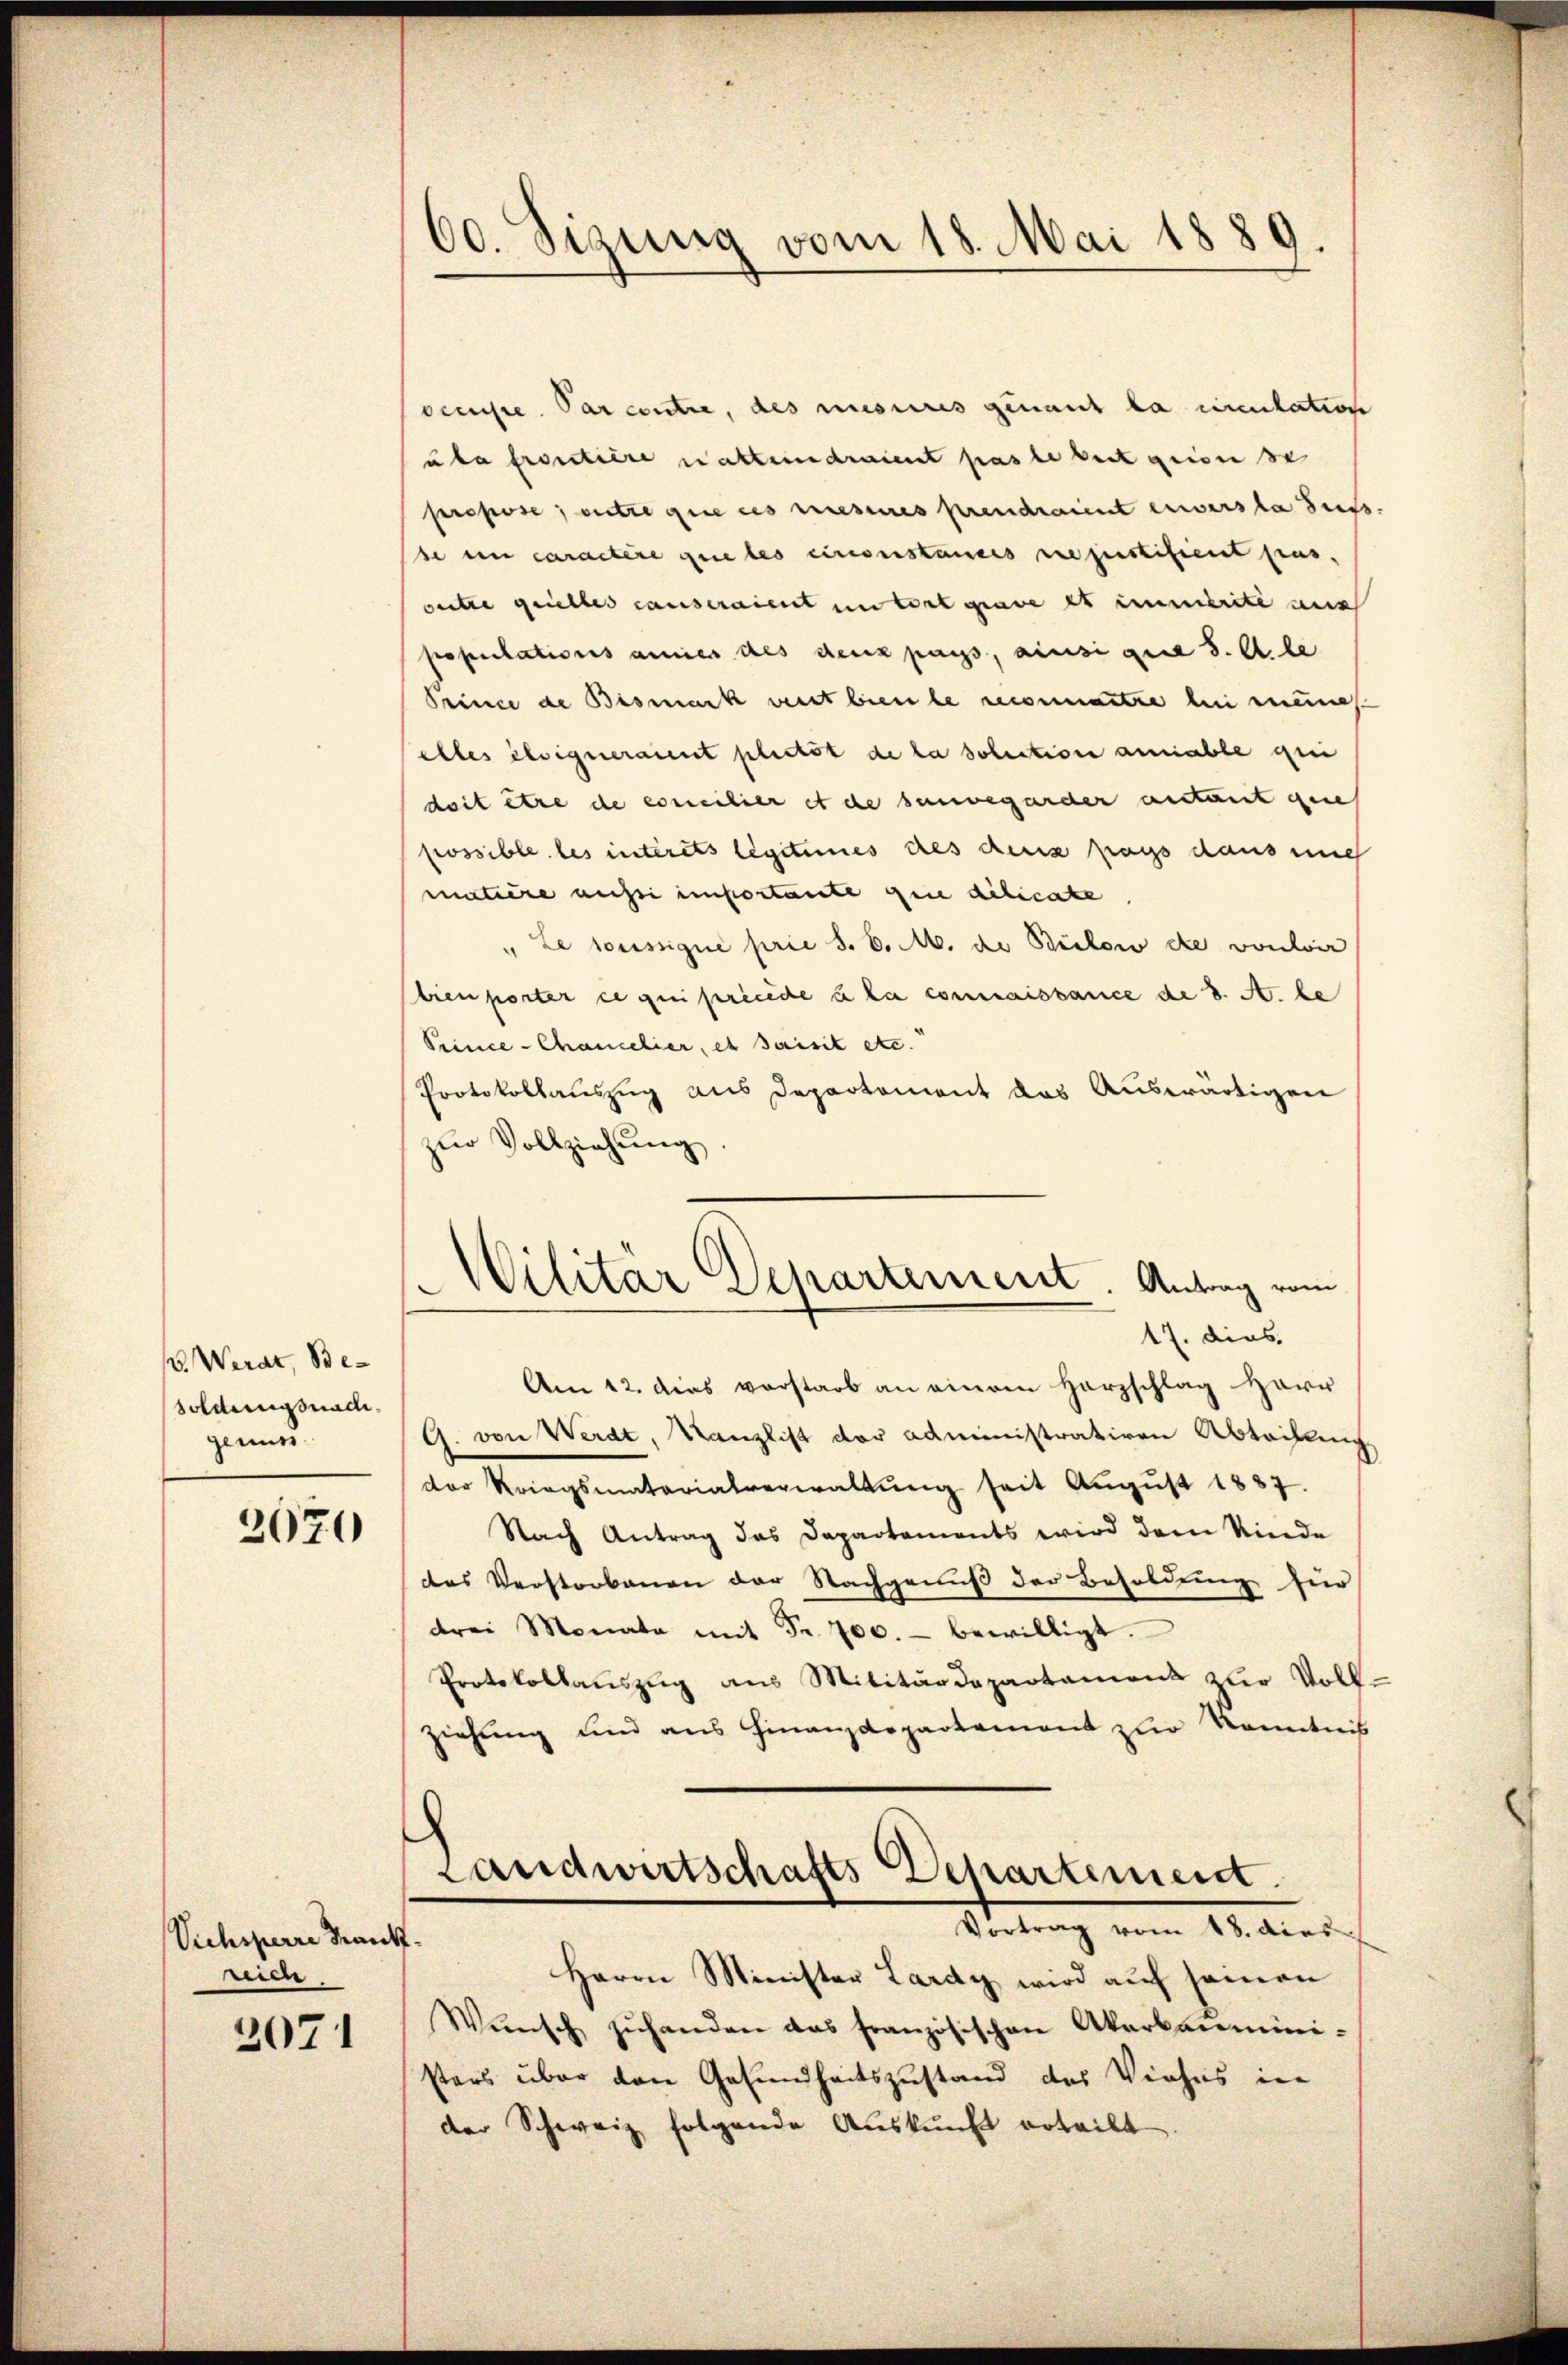
V. Werat, Besoldungsnadi
genuss

2020

Viehsperre Traut
ren.

2071

60. Sizung vom 18. Mai 1889.

oemste. Par contre, des unseres genant la rinulation
uba frontière natteindraient passe beit geise se
Propose entre gene des wesenes prendraient enverste dies
se in caractère que les einenstances repustifient pas,
outre grielles causeraient in tort grave es immerite aus
populations annes des denz pass, ainsi que s. Ale
Prince de Bismark vent bien le reconnantre bei meines
elles éloigneraient plictot de la solution anniable geei
doit être de concilier et de sauvegarder antant gene
possible les interets légitimes des dens frags dans ung
matière aussi importante quie dilicate
" Le soussigne prie s. v. M. de Bülow de von wir
bien porter ce qui precede u la connaissance de d. A. be
Peince-Chamelier, et saisit etc.
Protokollauszug aus Departement das Auswärtigen
zŭr Vollziehŭng.
17. dies
Am 12. dies vorstarb an einem Herzschlag Harr
G. von Werdt, Kanzlist der administrativen Abtriflung
der Kriegsmaterialverwaltung seit August 1887.
Nach Antrag das Departements wird dem Kinde
das Verstorbenen der Nachgenuß der Besoldung für
drei Monata mit Fr. 700.- bewilligt.
Protokollauszug aus Militärdepartamens der Voll
ziehung und aus Finanzdepartement zur Kenntnis
Landwirtschafts Departement.
Vortrag vom 18. dies
4.
Herrn Minister Lardy wird auf seinen
Wünsch zŭhanden das französischen Akerbanmini-
sters über den Gesundheitszustand des Viehes in
der Schweiz folgende Auskunft erteilt

Wilitar Departement Antrag vom